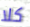
كلا